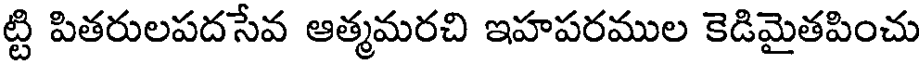
ట్టి పితరులపదసేవ ఆత్మమరచి ఇహపరముల కెడిమైతపించు